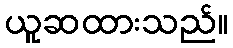
ယူဆထားသည်။